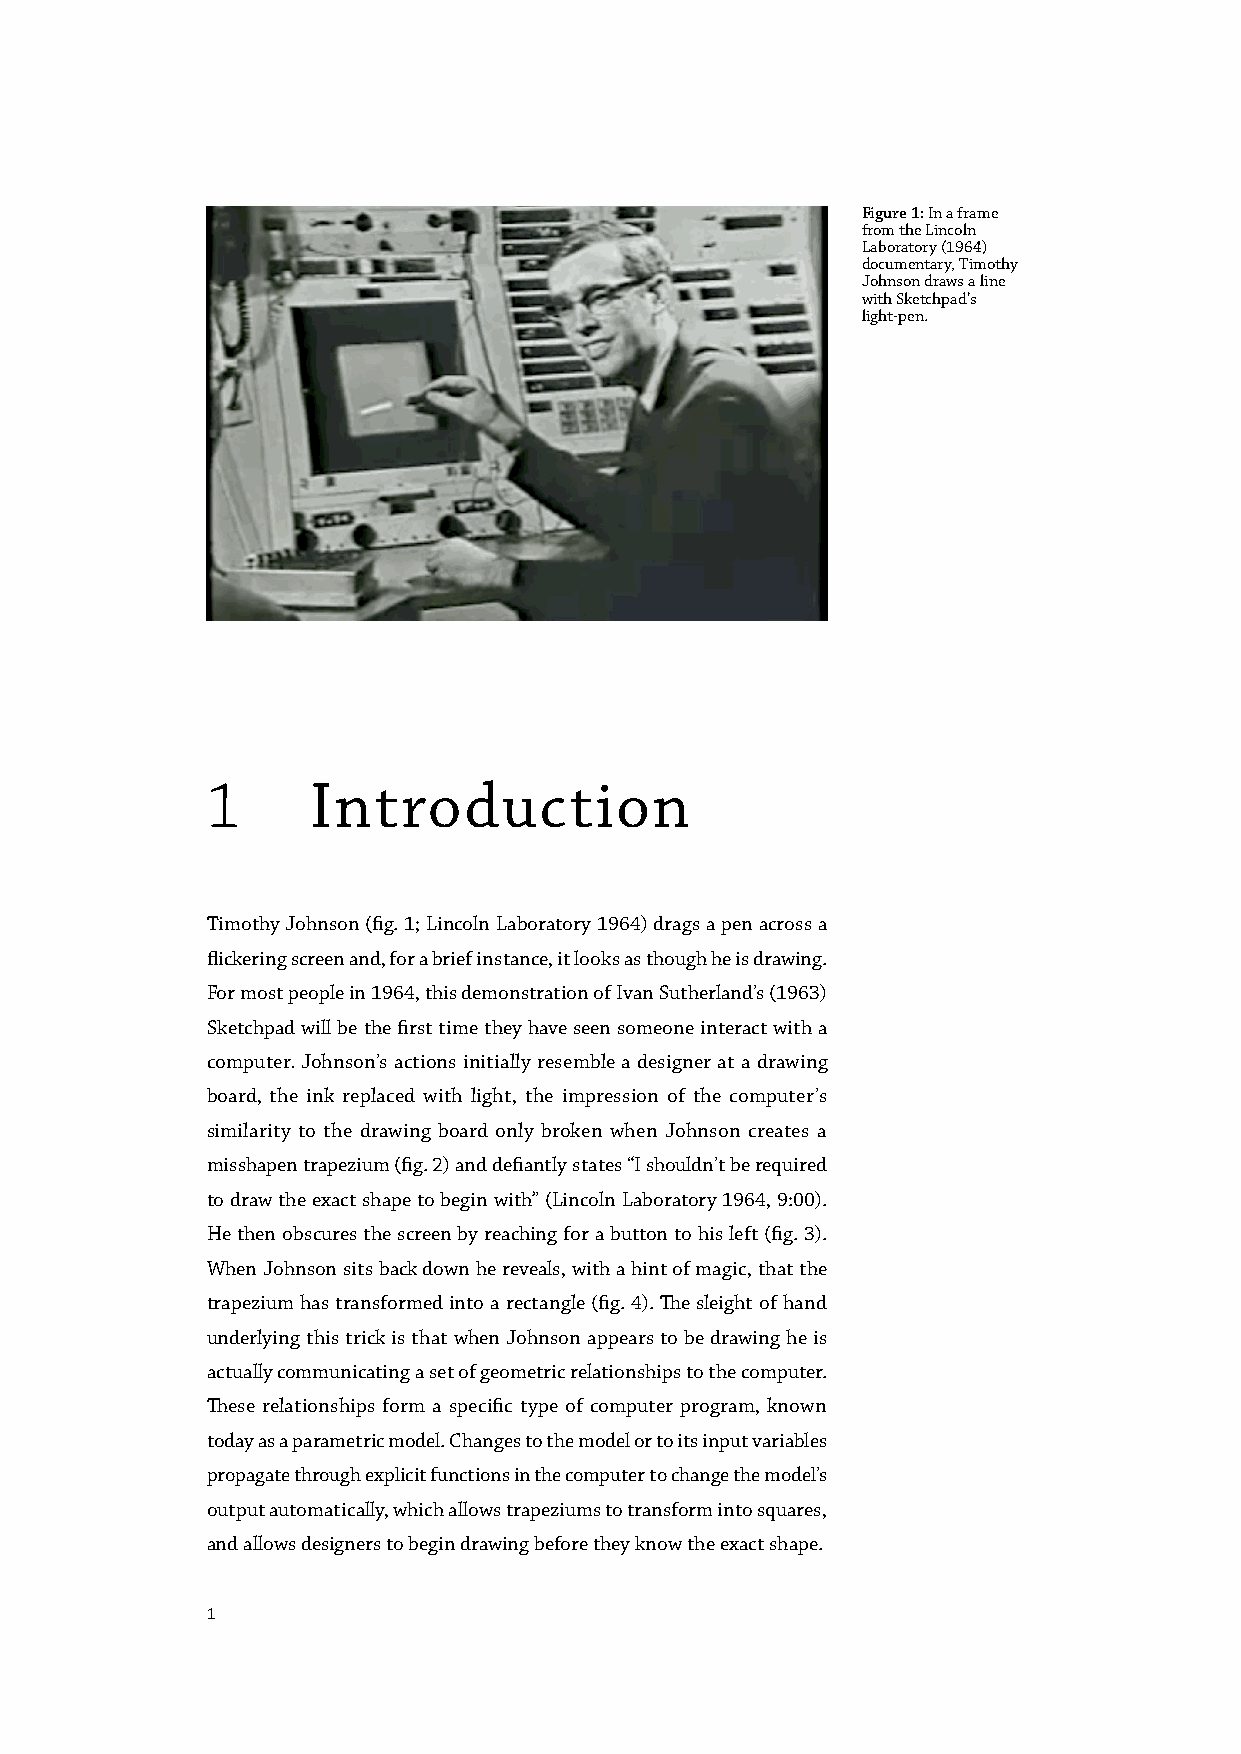
Figure 1: In a frame
 from the Lincoln
 Laboratory (1964)
 documentary, Timothy
 Johnson draws a line
 with Sketchpad’s
 light-pen.
 1      Introduction
 Timothy Johnson (fig. 1; Lincoln Laboratory 1964) drags a pen across a
 flickering screen and, for a brief instance, it looks as though he is drawing.
 For most people in 1964, this demonstration of Ivan Sutherland’s (1963)
 Sketchpad will be the first time they have seen someone interact with a
 computer. Johnson’s actions initially resemble a designer at a drawing
 board, the ink replaced with light, the impression of the computer’s
 similarity to the drawing board only broken when Johnson creates a
 misshapen trapezium (fig. 2) and defiantly states “I shouldn’t be required
 to draw the exact shape to begin with” (Lincoln Laboratory 1964, 9:00).
 He then obscures the screen by reaching for a button to his left (fig. 3).
 When Johnson sits back down he reveals, with a hint of magic, that the
 trapezium has transformed into a rectangle (fig. 4). The sleight of hand
 underlying this trick is that when Johnson appears to be drawing he is
 actually communicating a set of geometric relationships to the computer.
 These relationships form a specific type of computer program, known
 today as a parametric model. Changes to the model or to its input variables
 propagate through explicit functions in the computer to change the model’s
 output automatically, which allows trapeziums to transform into squares,
 and allows designers to begin drawing before they know the exact shape.
 1